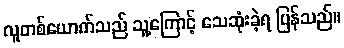
လူတစ်ယောက်သည် သူ့ကြောင့် သေဆုံးခဲ့ရ ပြန်သည်။